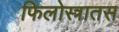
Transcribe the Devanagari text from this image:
फिलोस्त्रातस